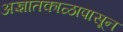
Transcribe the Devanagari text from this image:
अज्ञातकाळापासून